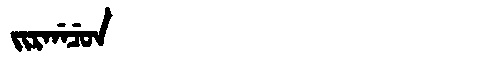
Manchu: ᠵᡳᡵᡤᠠᠴᡠᠨ
Romanization: JIRGACUN